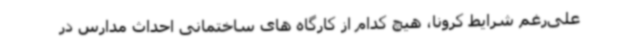
علی‌رغم شرایط کرونا، هیچ کدام از کارگاه های ساختمانی احداث مدارس در